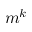
m ^ { k }